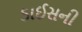
ડાઈસની